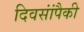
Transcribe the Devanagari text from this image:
दिवसांंपैकी